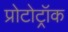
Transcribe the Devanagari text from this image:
प्रोटोट्रॉक